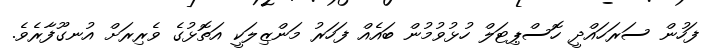
ފަހުން ސަރަހައްދީ ހޮސްޕިޓަލް ހުޅުވުމުން ބައެއް ފަހަރު މަންޒިލަކީ އަތޮޅުގެ ވެރިރަށް އުނގޫފާރެވެ.